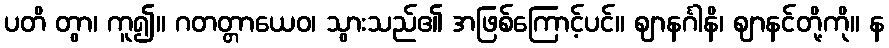
ပတိ တွာ၊ ကူ၍။ ဂတတ္တာယေဝ၊ သွားသည်၏ အဖြစ်ကြောင့်ပင်။ ဈာနင်္ဂါနိ၊ ဈာနင်တို့ကို။ န